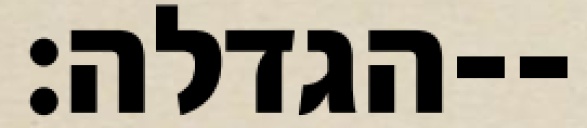
הגדלה׃--